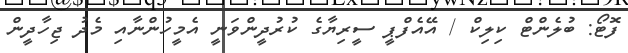
ފޮޓޯ: ބުލެންޓް ކިލިކް / އޭއެފްޕީ ސީރިޔާގެ ކުރުދީންވަނީ އެމީހުންނާއި މެދު ޖިހާދީން